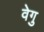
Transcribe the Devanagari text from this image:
वेगु